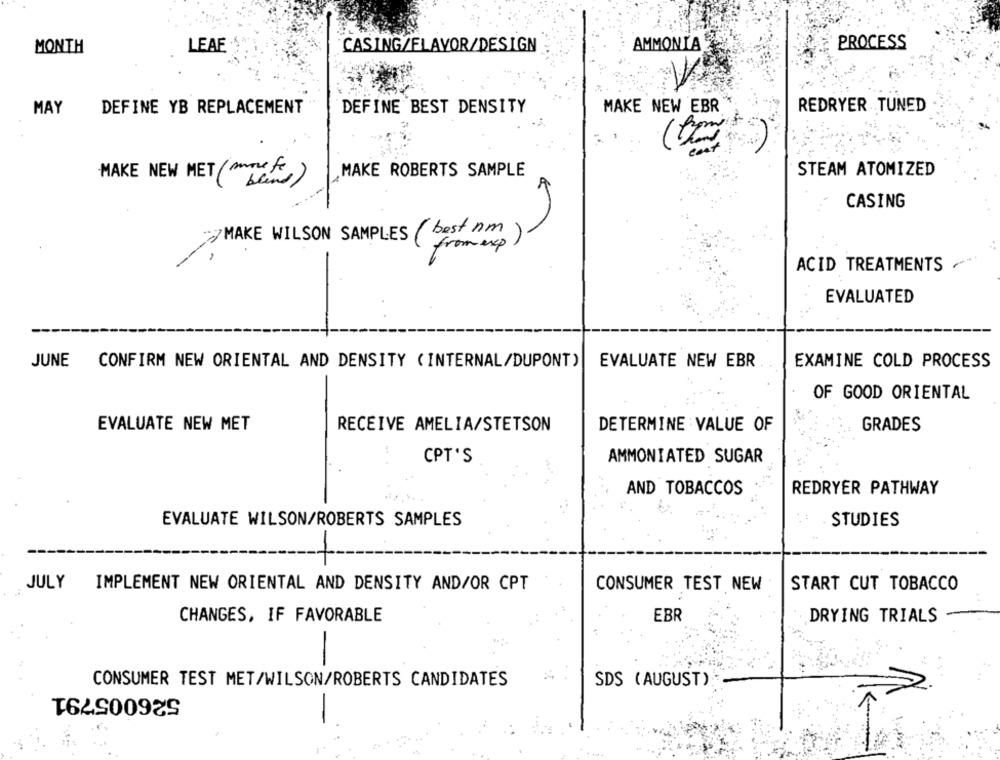
PROCESS
MONTH
LEAF
CASING/FLAVOR/DESIGN
AMMONIA
REDRYER TUNED
MAY
DEFINE YB REPLACEMENT
DEFINE BEST DENSITY
MAKE NEW EBR
MAKE NEW MET( more ft
MAKE ROBERTS SAMPLE
STEAM ATOMIZED
CASING
MAKE WILSON SAMPLES ( best nm
from exp
ACID TREATMENTS
EVALUATED
JUNE
CONFIRM NEW ORIENTAL AND DENSITY ( INTERNAL/DUPONT)
EVALUATE NEW EBR
EXAMINE COLD PROCESS
OF GOOD ORIENTAL
EVALUATE NEW MET
RECEIVE AMELIA/STETSON
DETERMINE VALUE OF
GRADES
CPT'S
AMMONIATED SUGAR
AND TOBACCOS
REDRYER PATHWAY
EVALUATE WILSON/ROBERTS SAMPLES
STUDIES
JULY
IMPLEMENT NEW ORIENTAL AND DENSITY AND/OR CPT
CONSUMER TEST NEW
START CUT TOBACCO
EBR
CHANGES, IF FAVORABLE
DRYING TRIALS
CONSUMER TEST MET/WILSON/ROBERTS CANDIDATES
SDS (AUGUST)
526005791
-